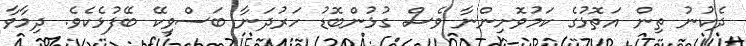
ދެކުނު ތިން އަތޮޅުގެ ކަމުވޮށިންނާ ވެސް ގުޅުންބޮޑު ހަރުދަނާ ބަސްވިކޭ ބޭފުޅެކެވެ. ދިމާވާ